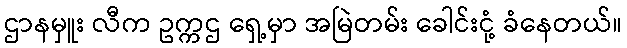
ဌာနမှူး လီက ဥက္ကဌ ရှေ့မှာ အမြဲတမ်း ခေါင်းငုံ့ ခံနေတယ်။